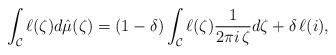
LaTeX: \begin{align*} \int_{\mathcal{C}}\ell(\zeta) d \hat{\mu}(\zeta) = (1-\delta)\int_{\mathcal{C}} \ell(\zeta) \frac{1}{2\pi i\, \zeta} d \zeta + \delta\, \ell(i),\end{align*}